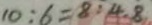
1 0 : 6 = 8 : 4 . 8